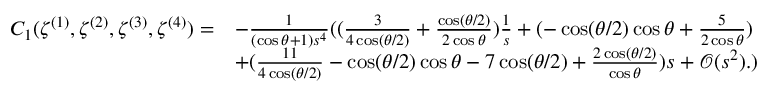
\begin{array} { r l } { C _ { 1 } ( \zeta ^ { ( 1 ) } , \zeta ^ { ( 2 ) } , \zeta ^ { ( 3 ) } , \zeta ^ { ( 4 ) } ) = } & { - \frac { 1 } { ( \cos \theta + 1 ) s ^ { 4 } } ( ( \frac { 3 } { 4 \cos ( { \theta } / { 2 } ) } + \frac { \cos ( { \theta } / { 2 } ) } { 2 \cos \theta } ) \frac { 1 } { s } + ( - \cos ( { \theta } / { 2 } ) \cos \theta + \frac { 5 } { 2 \cos \theta } ) } \\ & { + ( \frac { 1 1 } { 4 \cos ( { \theta } / { 2 } ) } - \cos ( { \theta } / { 2 } ) \cos \theta - 7 \cos ( { \theta } / { 2 } ) + \frac { 2 \cos ( { \theta } / { 2 } ) } { \cos \theta } ) s + \mathcal { O } ( s ^ { 2 } ) . ) } \end{array}